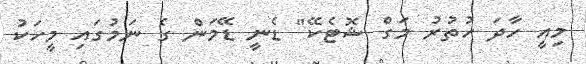
މިއީ ހާދަ ހުތުރު މަގް ޝޮޓެކޭ" ޑެނީ ޑޭމަން ގެ ނަމުގައި މީހަކު